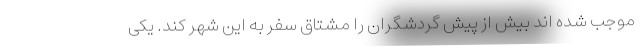
موجب شده اند بیش از پیش گردشگران را مشتاق سفر به این شهر کند. یکی